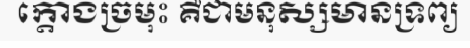
ក្តោងច្រមុះ គឺជាមនុស្សមានទ្រព្យ